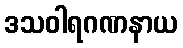
ဒသဝါရဂဏနာယ